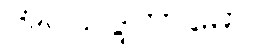
အပ္ပသဒ္ဒကာမော